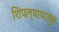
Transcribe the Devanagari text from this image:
शिंपल्यापासून